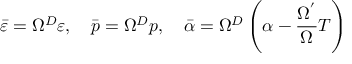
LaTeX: \bar { \varepsilon } = \Omega ^ { D } \varepsilon , \quad \bar { p } = \Omega ^ { D } p , \quad \bar { \alpha } = \Omega ^ { D } \left( \alpha - \frac { \Omega ^ { ^ { \prime } } } \Omega T \right)